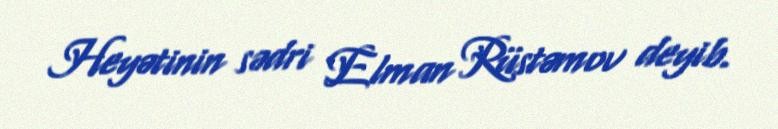
Heyətinin sədri Elman Rüstəmov deyib.